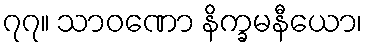
၇၇။ သာဝဏော နိက္ခမနီယော၊